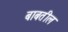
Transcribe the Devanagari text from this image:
बाबतील